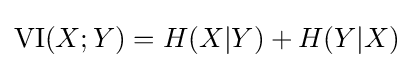
\mathrm {VI} (X;Y)=H(X|Y)+H(Y|X)